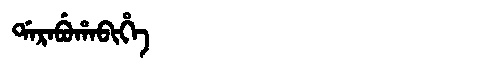
Manchu: ᡩᠠᡵᠠᠪᡠᡥᠠᠪᡳᡥᡝ
Romanization: DARABUHABIHE